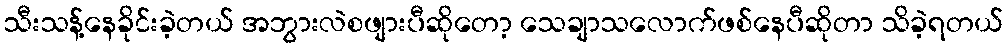
သီးသန့်နေခိုင်းခဲ့တယ် အဘွားလဲစဖျားပီဆိုတော့ သေချာသလောက်ဖစ်နေပီဆိုတာ သိခဲ့ရတယ်